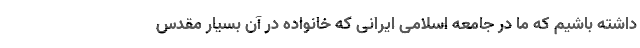
داشته باشیم که ما در جامعه اسلامی ایرانی که خانواده در آن بسیار مقدس